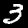
Label: 3